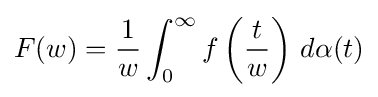
F(w)={\frac {1}{w}}\int _{0}^{\infty }f\left({\frac {t}{w}}\right)\,d\alpha (t)